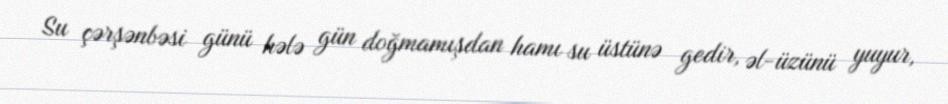
Su çərşənbəsi günü hələ gün doğmamışdan hamı su üstünə gedir, əl-üzünü yuyur,